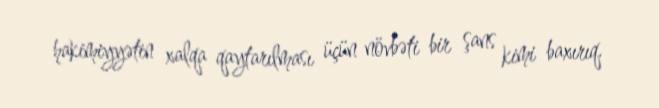
hakimiyyətin xalqa qaytarılması üçün növbəti bir şans kimi baxırıq.